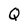
Character: Q